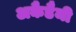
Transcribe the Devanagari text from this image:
अकैडैमी